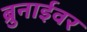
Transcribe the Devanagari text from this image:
ब्रुनाईवर